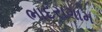
ભાદરાગામ